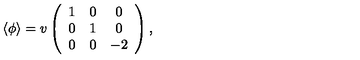
\langle \phi \rangle = v \left( \begin{array} { c c c } { 1 } & { 0 } & { 0 } \\ { 0 } & { 1 } & { 0 } \\ { 0 } & { 0 } & { - 2 } \\ \end{array} \right) ,